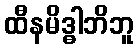
ထီနမိဒ္ဓါဘိဘူ